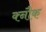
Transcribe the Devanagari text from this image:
क्नौक